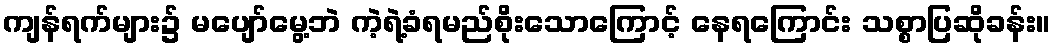
ကျန်ရက်များ၌ မပျော်မွေ့ဘဲ ကဲ့ရဲ့ခံရမည်စိုးသောကြောင့် နေရကြောင်း သစ္စာပြဆိုခန်း။